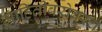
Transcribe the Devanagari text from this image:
माहितीबरोबरच